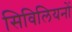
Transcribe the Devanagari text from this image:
सिविलियनों